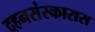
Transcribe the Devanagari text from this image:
दहनसंस्कारास